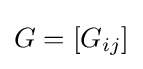
G=\left[G_{ij}\right]